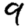
Digit: 9